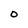
Character: O